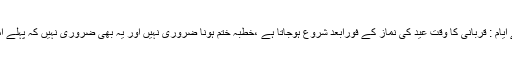
قربانی کا وقت اور اس کے ایام : قربانی کا وقت عید کی نماز کے فورابعد شروع ہوجاتا ہے ،خطبہ ختم ہونا ضروری نہیں اور یہ بھی ضروری نہیں کہ پہلے امام صاحب ہی قربانی دے ۔